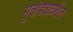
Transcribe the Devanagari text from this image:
सुतोंड्यावरील